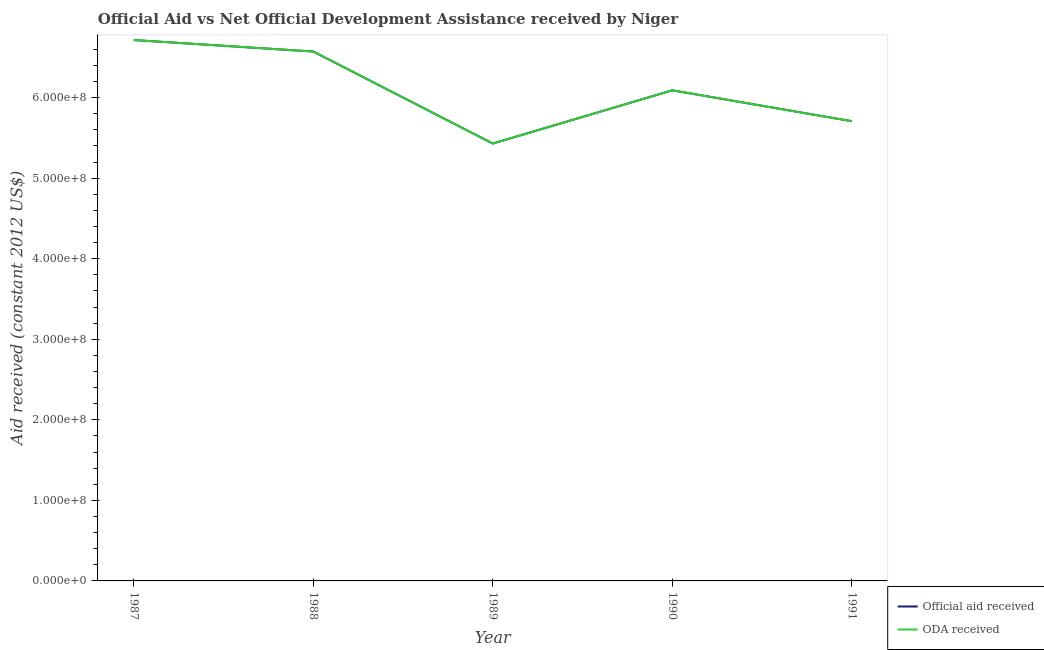
| Year | Official aid received | ODA received |
 | --- | --- | --- |
 | 1987 | 6.72e+08 | 6.72e+08 |
 | 1988 | 6.57e+08 | 6.57e+08 |
 | 1989 | 5.43e+08 | 5.43e+08 |
 | 1990 | 6.09e+08 | 6.09e+08 |
 | 1991 | 5.71e+08 | 5.71e+08 |